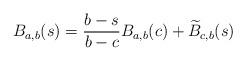
LaTeX: \begin{align*} B_{a,b}(s) = \frac{b-s}{b-c}B_{a,b}(c) + \widetilde{B}_{c,b}(s) \end{align*}